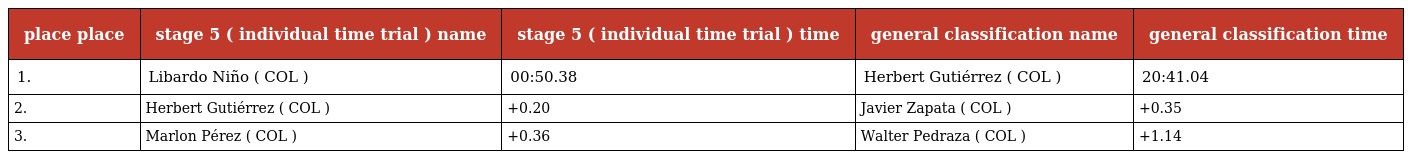
| place place | stage 5 ( individual time trial ) name | stage 5 ( individual time trial ) time | general classification name | general classification time |
 | --- | --- | --- | --- | --- |
 | 1. | Libardo Niño ( COL ) | 00:50.38 | Herbert Gutiérrez ( COL ) | 20:41.04 |
 | 2. | Herbert Gutiérrez ( COL ) | +0.20 | Javier Zapata ( COL ) | +0.35 |
 | 3. | Marlon Pérez ( COL ) | +0.36 | Walter Pedraza ( COL ) | +1.14 |